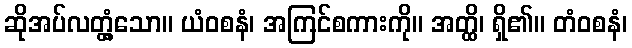
ဆိုအပ်လတ္တံ့သော။ ယံဝစနံ၊ အကြင်စကားကို။ အတ္ထိ၊ ရှိ၏။ တံဝစနံ၊